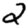
Digit: 2